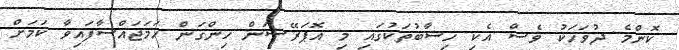
ކޮންމެ ދުވަހަކު ވެސް އެކި ހިސާބުތަކުގައި މި އޮޕަރޭޝަން ހިންގަން ހަމަޖައްސާފައިވާ ކަމަށް